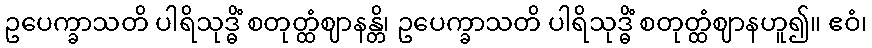
ဥပေက္ခာသတိ ပါရိသုဒ္ဓိံ စတုတ္ထံဈာနန္တိ၊ ဥပေက္ခာသတိ ပါရိသုဒ္ဓိံ စတုတ္ထံဈာနဟူ၍။ ဧဝံ၊